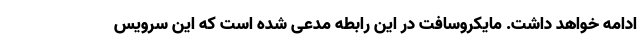
ادامه خواهد داشت. مایکروسافت در این رابطه مدعی شده است که این سرویس